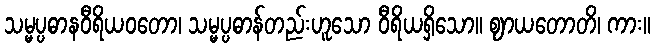
သမ္မပ္ပဓာနဝီရိယဝတော၊ သမ္မပ္ပဓာန်တည်းဟူသော ဝီရိယရှိသော။ ဈာယတောတိ၊ ကား။